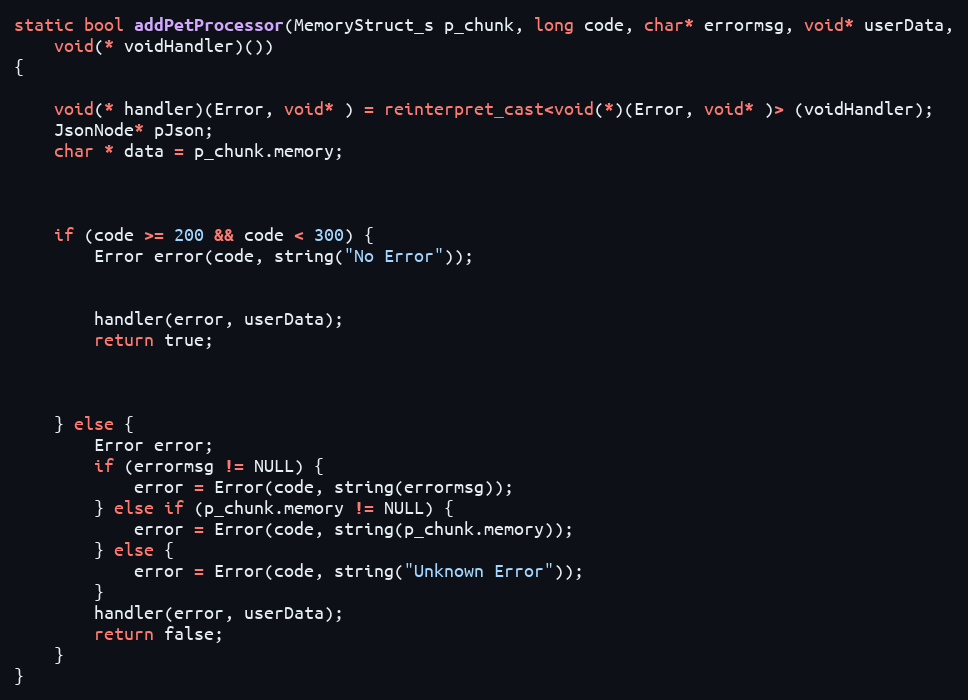
Language: C++
static bool addPetProcessor(MemoryStruct_s p_chunk, long code, char* errormsg, void* userData,
	void(* voidHandler)())
{

	void(* handler)(Error, void* ) = reinterpret_cast<void(*)(Error, void* )> (voidHandler);
	JsonNode* pJson;
	char * data = p_chunk.memory;

	if (code >= 200 && code < 300) {
		Error error(code, string("No Error"));

		handler(error, userData);
		return true;

	} else {
		Error error;
		if (errormsg != NULL) {
			error = Error(code, string(errormsg));
		} else if (p_chunk.memory != NULL) {
			error = Error(code, string(p_chunk.memory));
		} else {
			error = Error(code, string("Unknown Error"));
		}
		handler(error, userData);
		return false;
	}
}